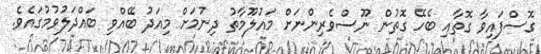
ގޮސްފައިވާ ގޮތާއި ބެހޭ ގޮތުން ނޫސްވެރިންނަށް މައުލޫމާތު ދިނުމަށް މިއަދު ބޭއްވި ބައްދަލުވުމުގައެވެ.